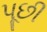
પૂછી